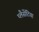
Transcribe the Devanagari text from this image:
प्लैसेंटिया